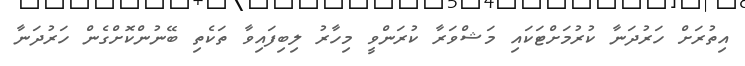
އިތުރަށް ހަރުދަނާ ކުރުމަށްޓަކައި މަޝްވަރާ ކުރަންވީ މިހާރު ލިބިފައިވާ ތަކެތި ބޭނުންކޮށްގެން ހަރުދަނާ